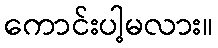
ကောင်းပါ့မလား။